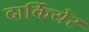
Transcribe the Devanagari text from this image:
दार्कियेर